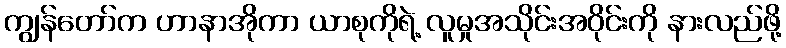
ကျွန်တော်က ဟာနာအိုကာ ယာစုကိုရဲ့ လူမှုအသိုင်းအဝိုင်းကို နားလည်ဖို့